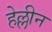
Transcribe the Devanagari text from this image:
हेल्लीन